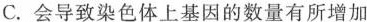
C.会导致染色体上基因的数量有所增加